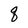
Character: q